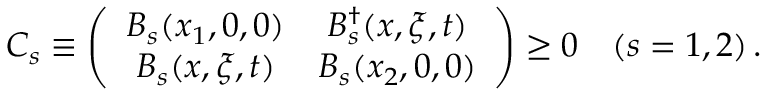
C _ { s } \equiv \left( \begin{array} { c c } { { B _ { s } ( x _ { 1 } , 0 , 0 ) } } & { { B _ { s } ^ { \dagger } ( x , \xi , t ) } } \\ { { B _ { s } ( x , \xi , t ) } } & { { B _ { s } ( x _ { 2 } , 0 , 0 ) } } \end{array} \right) \geq 0 \quad ( s = 1 , 2 ) \, .